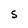
Character: S